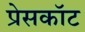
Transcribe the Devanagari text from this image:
प्रेसकॉट